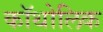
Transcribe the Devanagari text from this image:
कॉथोलिक